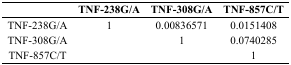
<table><thead><tr><td></td><td><b>TNF-238G/A</b></td><td><b>TNF-308G/A</b></td><td><b>TNF-857C/T</b></td></tr></thead><tbody><tr><td>TNF-238G/A</td><td>1</td><td>0.00836571</td><td>0.0151408</td></tr><tr><td>TNF-308G/A</td><td></td><td>1</td><td>0.0740285</td></tr><tr><td>TNF-857C/T</td><td></td><td></td><td>1</td></tr></tbody></table>